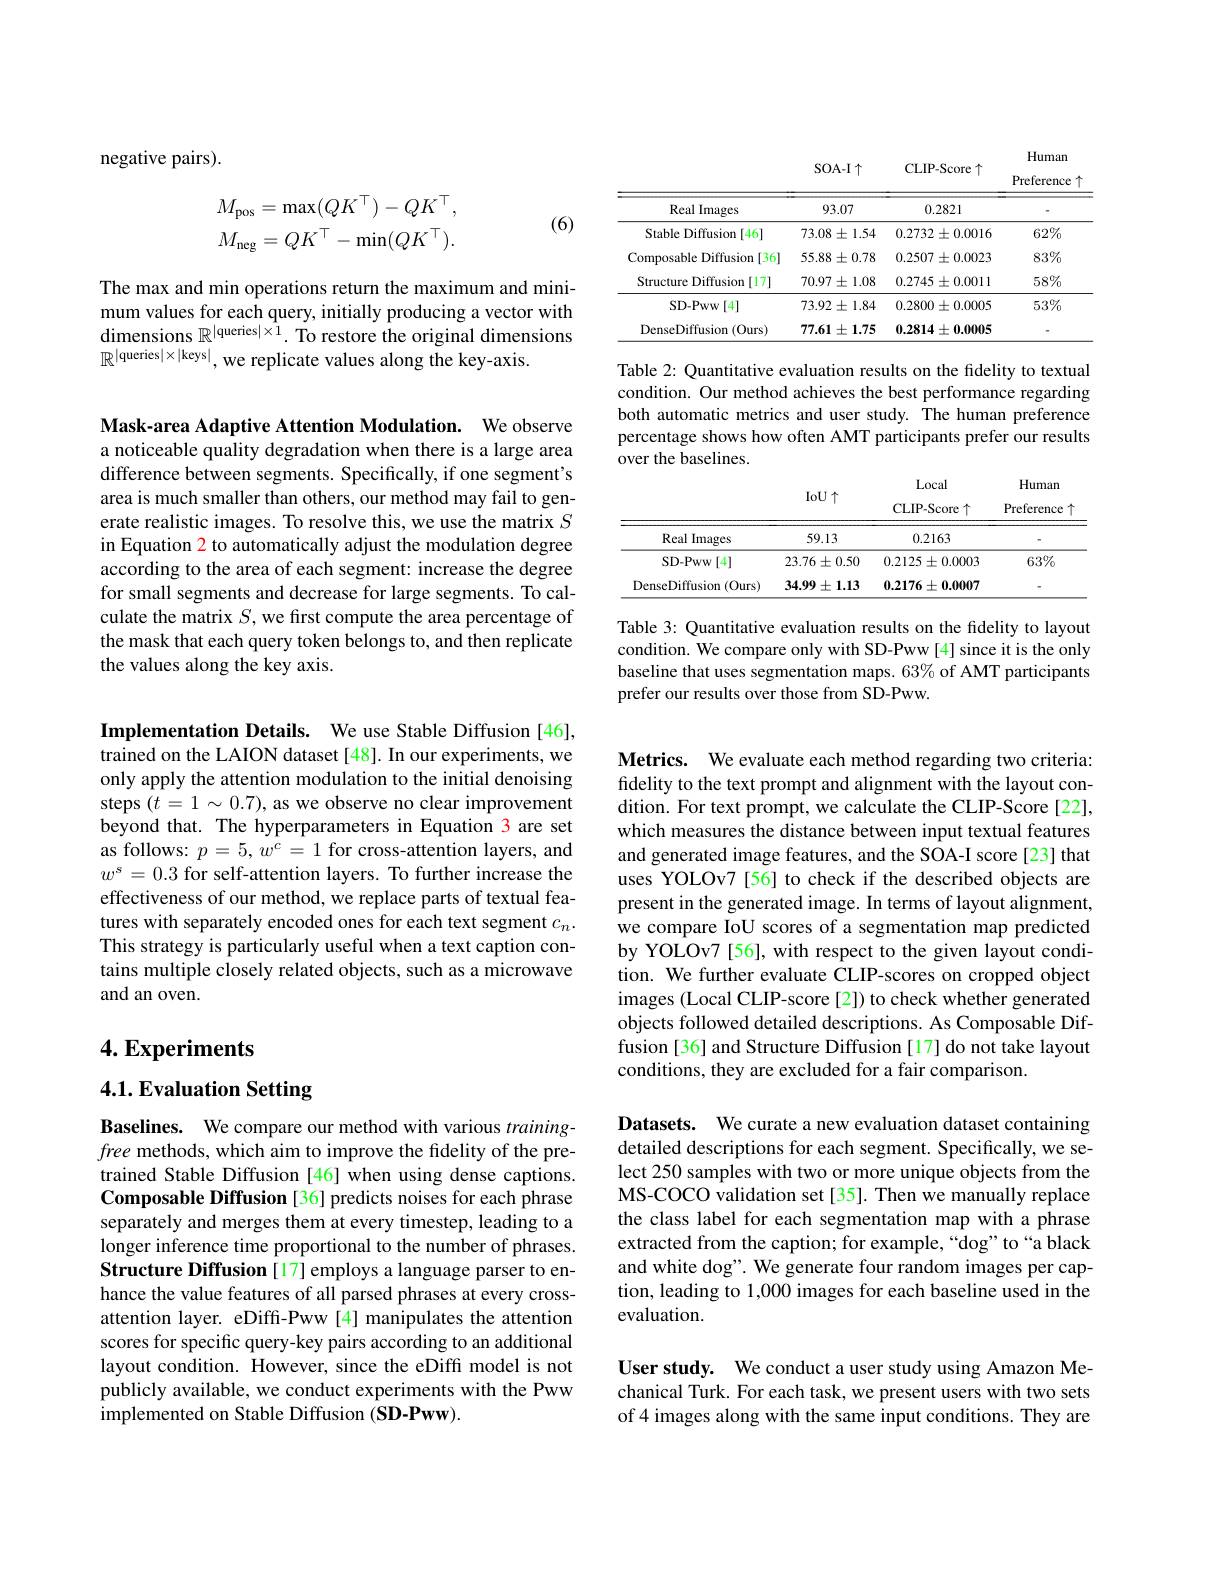
negative pairs).
$$\begin{aligned}M_{\mathrm{pos}}&=\max(QK^\top)-QK^\top,\\M_{\mathrm{neg}}&=QK^\top-\min(QK^\top).\end{aligned}$$
(6)

The max and min operations return the maximum and minimum values for each query, initially producing a vector with dimensions $\mathbb{R}^{|\text{queries}|\times1}.$ To restore the original dimensions $\mathbb{R}^{|\text{queries}|\times|\text{keys}|}$,we replicate values along the key-axis.

Mask-area Adaptive Attention Modulation. We observe a noticeable quality degradation when there is a large area difference between segments. Specifically, if one segment's area is much smaller than others, our method may fail to generate realistic images. To resolve this, we use the matrix $S$ in Equation 2 to automatically adjust the modulation degree according to the area of each segment: increase the degree for small segments and decrease for large segments. To calculate the matrix $S$, we first compute the area percentage of the mask that each query token belongs to, and then replicate the values along the key axis.

<table>
	<tbody>
		<tr>
			<th> </th>
			<th> </th>
			<th> </th>
			<th>Preference 个</th>
		</tr>
		<tr>
			<td>Real Images</td>
			<td>93.07</td>
			<td>0.2821</td>
			<td> </td>
		</tr>
		<tr>
			<td>Stable Diffusion 1[46]</td>
			<td>$73.08\pm1.54$</td>
			<td>$0.2732\pm0.0016$</td>
			<td>$62\%$</td>
		</tr>
		<tr>
			<td>Composable Diffusion[36]</td>
			<td>$55.88\pm0.78$</td>
			<td>$0.2507\pm0.0023$</td>
			<td>83%</td>
		</tr>
		<tr>
			<td>Structure Diffusion[17]</td>
			<td>$70.97\pm1.08$</td>
			<td>$0.2745\pm0.0011$</td>
			<td>$58\%$</td>
		</tr>
		<tr>
			<td>$SD-PWw$ $v[4]$</td>
			<td>$73.92\pm1.84$</td>
			<td>$0.2800\pm0.0005$</td>
			<td>$53\%$</td>
		</tr>
		<tr>
			<td>DenseDiffusion 1(0urs)</td>
			<td>$77.61\pm1.75$</td>
			<td>$0.2814\pm0.0005$</td>
			<td> </td>
		</tr>
	</tbody>
</table>

Human

Table 2: Quantitative evaluation results on the fidelity to textual condition. Our method achieves the best performance regarding both automatic metrics and user study. The human preference percentage shows how often AMT participants prefer our results over the baselines.

Local
Human
<table>
	<tbody>
		<tr>
			<th> </th>
			<th> </th>
			<th>CLIP-Score T</th>
			<th>Preference</th>
		</tr>
		<tr>
			<td>Real Images</td>
			<td>59.13</td>
			<td>0.2163</td>
			<td> </td>
		</tr>
		<tr>
			<td>SD- Pww[4]</td>
			<td>$23.76\pm0.50$</td>
			<td>$0.2125\pm0.0003$</td>
			<td>$63\%$</td>
		</tr>
		<tr>
			<td>DenseDiffusion $(0urs)$</td>
			<td>$34.99\pm1.13$</td>
			<td>$0.2176\pm0.0007$</td>
			<td> </td>
		</tr>
	</tbody>
</table>

Table 3: Quantitative evaluation results on the fidelity to layout condition. We compare only with SD-Pww[4] since it is the only baseline that uses segmentation maps. 63% of AMT participants prefer our results over those from SD-Pww.

Implementation Details. We use Stable Diffusion [46], trained on the LAION dataset [48]. In our experiments, we only apply the attention modulation to the initial denoising steps $(t=1\sim0.7)$, as we observe no clear improvement beyond that. The hyperparameters in Equation 3 are set as follows: $p=5,w^c=1$ for cross-attention layers, and $w^s=0.3$ for self-attention layers. To further increase the effectiveness of our method, we replace parts of textual features with separately encoded ones for each text segment $c_n.$ This strategy is particularly useful when a text caption contains multiple closely related objects, such as a microwave and an oven.

# 4. Experiments

# 4.1. Evaluation Setting

Baselines. We compare our method with various $training-$ free methods, which aim to improve the fidelity of the pretrained Stable Diffusion [46] when using dense captions. Composable Diffusion [36] predicts noises for each phrase separately and merges them at every timestep, leading to a longer inference time proportional to the number of phrases. Structure Diffusion [17] employs a language parser to enhance the value features of all parsed phrases at every crossattention layer. eDiffi-Pww [4] manipulates the attention scores for specific query-key pairs according to an additional layout condition. However, since the eDiffi model is not publicly available, we conduct experiments with the Pww implemented on Stable Diffusion (SD-Pww).

Metrics. We evaluate each method regarding two criteria: fidelity to the text prompt and alignment with the layout condition. For text prompt, we calculate the CLIP-Score[22], which measures the distance between input textual features and generated image features, and the SOA-I score [23] that uses YOLOv7 [56] to check if the described objects are present in the generated image. In terms of layout alignment, we compare IoU scores of a segmentation map predicted by YOLOv7 [56], with respect to the given layout condition. We further evaluate CLIP-scores on cropped object images (Local CLIP-score [2]) to check whether generated objects followed detailed descriptions. As Composable Diffusion [36] and Structure Diffusion [17] do not take layout conditions, they are excluded for a fair comparison.

Datasets. We curate a new evaluation dataset containing detailed descriptions for each segment. Specifically, we select 250 samples with two or more unique objects from the MS-COCO validation set[35]. Then we manually replace the class label for each segmentation map with a phrase extracted from the caption; for example,“dog”to“a black and white dog". We generate four random images per caption, leading to 1,000 images for each baseline used in the evaluation.

User study. We conduct a user study using Amazon Mechanical Turk. For each task, we present users with two sets of4 images along with the same input conditions. They are